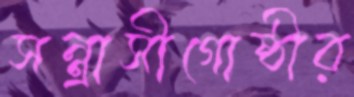
সন্ত্রাসীগোষ্ঠীর